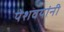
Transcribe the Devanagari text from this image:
पेशवयांनी